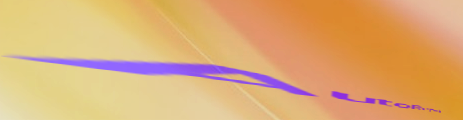
AutoRepair